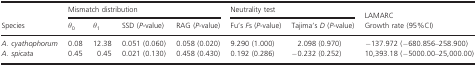
<table><thead><tr><td rowspan="2"><b>Species</b></td><td colspan="4"><b>Mismatch distribution</b></td><td colspan="2"><b>Neutrality test</b></td><td><b>LAMARC</b></td></tr><tr><td><b><i>θ</i><sub>0</sub></b></td><td><b><i>θ</i><sub>1</sub></b></td><td><b>SSD (<i>P</i>-value)</b></td><td><b>RAG (<i>P</i>-value)</b></td><td><b>Fu&#x27;s <i>F</i>s (<i>P</i>-value)</b></td><td><b>Tajima&#x27;s <i>D</i> (<i>P</i>-value)</b></td><td><b>Growth rate (95%CI)</b></td></tr></thead><tbody><tr><td><i>A. cyathophorum</i></td><td>0.08</td><td>12.38</td><td>0.051 (0.060)</td><td>0.058 (0.020)</td><td>9.290 (1.000)</td><td>2.098 (0.970)</td><td>−137.972 (−680.856–258.900)</td></tr><tr><td><i>A. spicata</i></td><td>0.45</td><td>0.45</td><td>0.021 (0.130)</td><td>0.458 (0.430)</td><td>0.192 (0.286)</td><td>−0.232 (0.252)</td><td>10,393.18 (−5000.00–25,000.00)</td></tr></tbody></table>